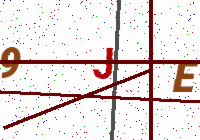
Text: 9JE